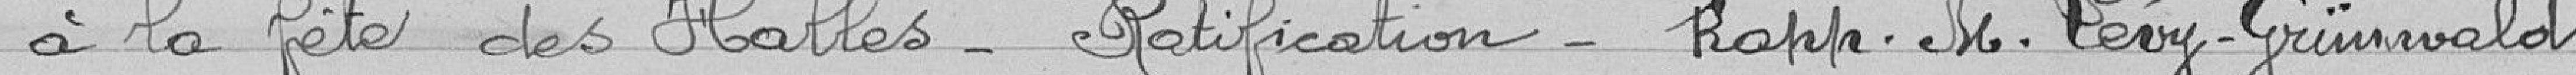
à la fête des Halles - ratification - rapporteur monsieur Levy-Grünwald